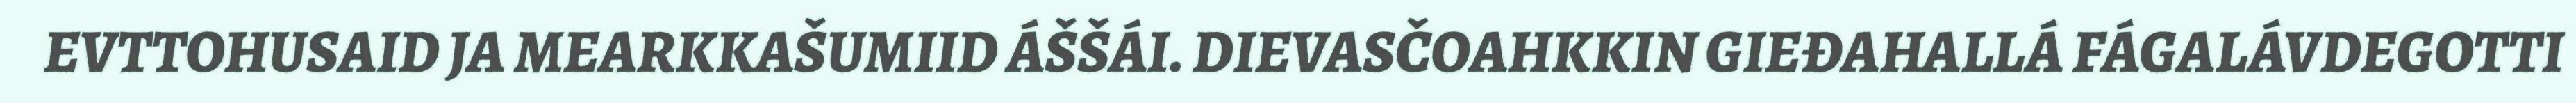
EVTTOHUSAID JA MEARKKAŠUMIID ÁŠŠÁI. DIEVASČOAHKKIN GIEĐAHALLÁ FÁGALÁVDEGOTTI